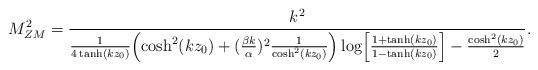
LaTeX: \begin{align*}M_{ZM}^2 = \frac{k^2}{\frac{1}{4\tanh(kz_0)}\Bigl(\cosh^2(kz_0)+(\frac{\beta k}{\alpha})^2\frac{1}{\cosh^2(kz_0)}\Bigr)\log\Bigl[\frac{1+\tanh(kz_0)}{1-\tanh(kz_0)}\Bigr]-\frac{\cosh^2(kz_0)}{2}}.\end{align*}